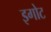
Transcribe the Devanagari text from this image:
इगोट